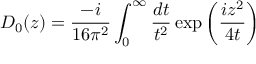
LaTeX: D _ { 0 } ( z ) = \frac { - i } { 1 6 \pi ^ { 2 } } \int _ { 0 } ^ { \infty } \frac { d t } { t ^ { 2 } } \exp \left( \frac { i z ^ { 2 } } { 4 t } \right)